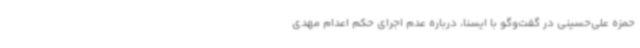
حمزه علی‌حسینی در گفت‌وگو با ایسنا، درباره عدم اجرای حکم اعدام مهدی